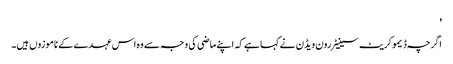
'
اگرچہ ڈیموکریٹ سینیٹر رون ویڈن نے کہا ہے کہ اپنے ماضی کی وجہ سے وہ اس عہدے کے ناموزوں ہیں۔